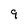
Character: 9